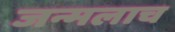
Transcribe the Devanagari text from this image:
जन्मलाच